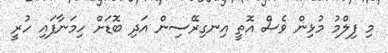
މި ފިލްމު މުޅިން ވެސް އޮތީ އިނގިރޭސިން އަދި ބޮޑަށް ހިމަނާފައި ހުރީ